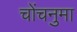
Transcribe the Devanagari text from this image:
चोंचनुमा